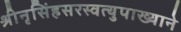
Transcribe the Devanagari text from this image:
श्रीनृसिंहसरस्वत्युपाख्याने